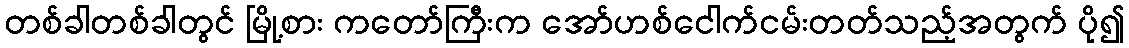
တစ်ခါတစ်ခါတွင် မြို့စား ကတော်ကြီးက အော်ဟစ်ငေါက်ငမ်းတတ်သည့်အတွက် ပို၍